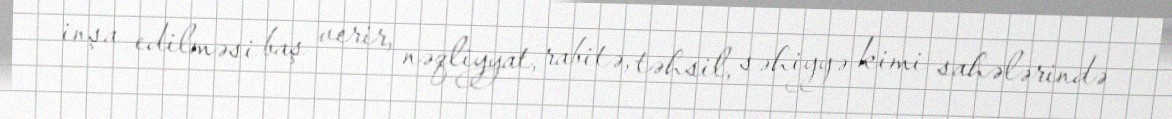
inşa edilməsi baş verir, nəqliyyat, rabitə, təhsil, səhiyyə kimi sahələrində